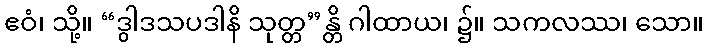
ဧဝံ၊ သို့။ “ဒွါဒသပဒါနိ သုတ္တ”န္တိ ဂါထာယ၊ ၌။ သကလဿ၊ သော။